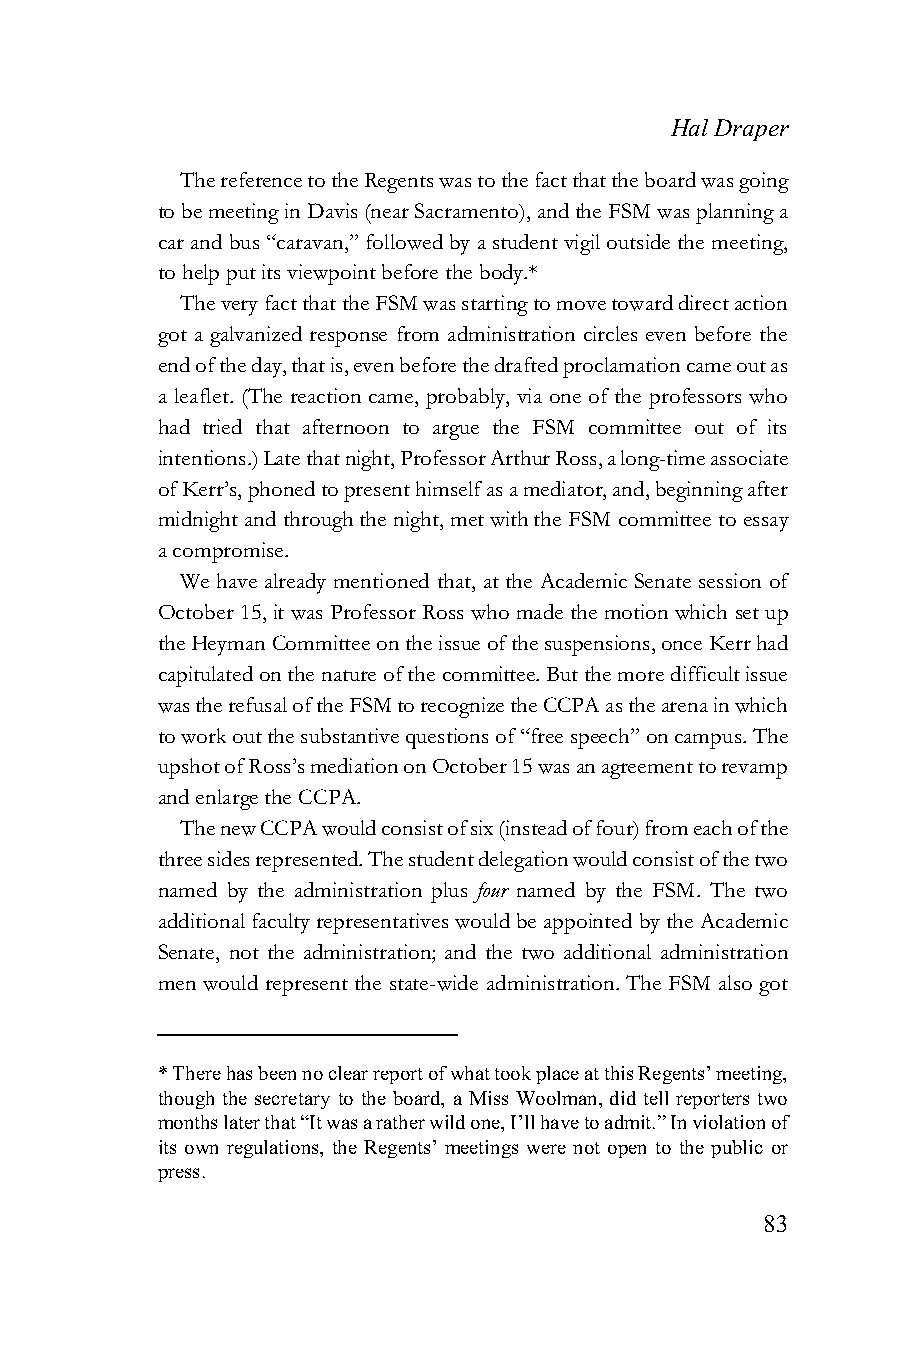
Hal Draper
 The reference to the Regents was to the fact that the board was going
 to be meeting in Davis (near Sacramento), and the FSM was planning a
 car and bus “caravan,” followed by a student vigil outside the meeting,
 to help put its viewpoint before the body.*
 The very fact that the FSM was starting to move toward direct action
 got a galvanized response from administration circles even before the
 end of the day, that is, even before the drafted proclamation came out as
 a leaflet. (The reaction came, probably, via one of the professors who
 had tried that afternoon to argue the FSM committee out of its
 intentions.) Late that night, Professor Arthur Ross, a long-time associate
 of Kerr’s, phoned to present himself as a mediator, and, beginning after
 midnight and through the night, met with the FSM committee to essay
 a compromise.
 We have already mentioned that, at the Academic Senate session of
 October 15, it was Professor Ross who made the motion which set up
 the Heyman Committee on the issue of the suspensions, once Kerr had
 capitulated on the nature of the committee. But the more difficult issue
 was the refusal of the FSM to recognize the CCPA as the arena in which
 to work out the substantive questions of “free speech” on campus. The
 upshot of Ross’s mediation on October 15 was an agreement to revamp
 and enlarge the CCPA.
 The new CCPA would consist of six (instead of four) from each of the
 three sides represented. The student delegation would consist of the two
 named by the administration plus four named by the FSM. The two
 additional faculty representatives would be appointed by the Academic
 Senate, not the administration; and the two additional administration
 men would represent the state-wide administration. The FSM also got
 * There has been no clear report of what took place at this Regents’ meeting,
 though the secretary to the board, a Miss Woolman, did tell reporters two
 months later that “It was a rather wild one, I’ll have to admit.” In violation of
 its own regulations, the Regents’ meetings were not open to the public or
 press.
 83